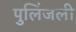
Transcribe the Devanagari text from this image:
पुलिंजली